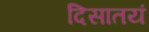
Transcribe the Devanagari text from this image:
दिसातयं